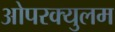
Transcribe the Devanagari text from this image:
ओपरक्युलम